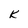
Character: k